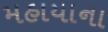
મહાયાના